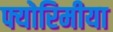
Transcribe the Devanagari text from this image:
फ्योरिमीया